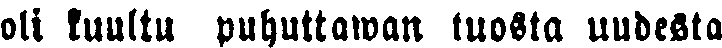
oli kuultu puhuttawan tuosta uudesta